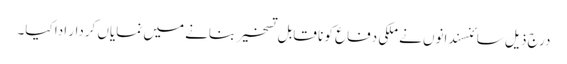
درج ذیل سائنسندانوں نے ملکی دفاع کو نا قابل تسخیر بنانے میں نمایاں کردار ادا کیا۔